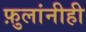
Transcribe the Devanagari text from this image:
फ़ुलांनीही